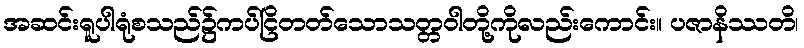
အဆင်းရူပါရုံစသည်၌ကပ်ငြိတတ်သောသတ္တဝါတို့ကိုလည်းကောင်း။ ပဇာနိဿတိ၊